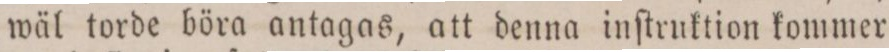
wäl torde böra antagas, att denna inſtruktion kommer